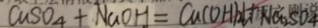
C u S O _ { 4 } + N a O H = C a ( O H ) _ { 2 } \downarrow N a _ { 2 } S O _ { 4 }